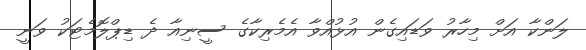
ލަންކާ އަށް މިހާރު ވަޑައިގެން އުޅުއްވާ އެމެރިކާގެ ސީނިއާ ދެ ޑިޕްލޮމެޓަކު ވަނީ